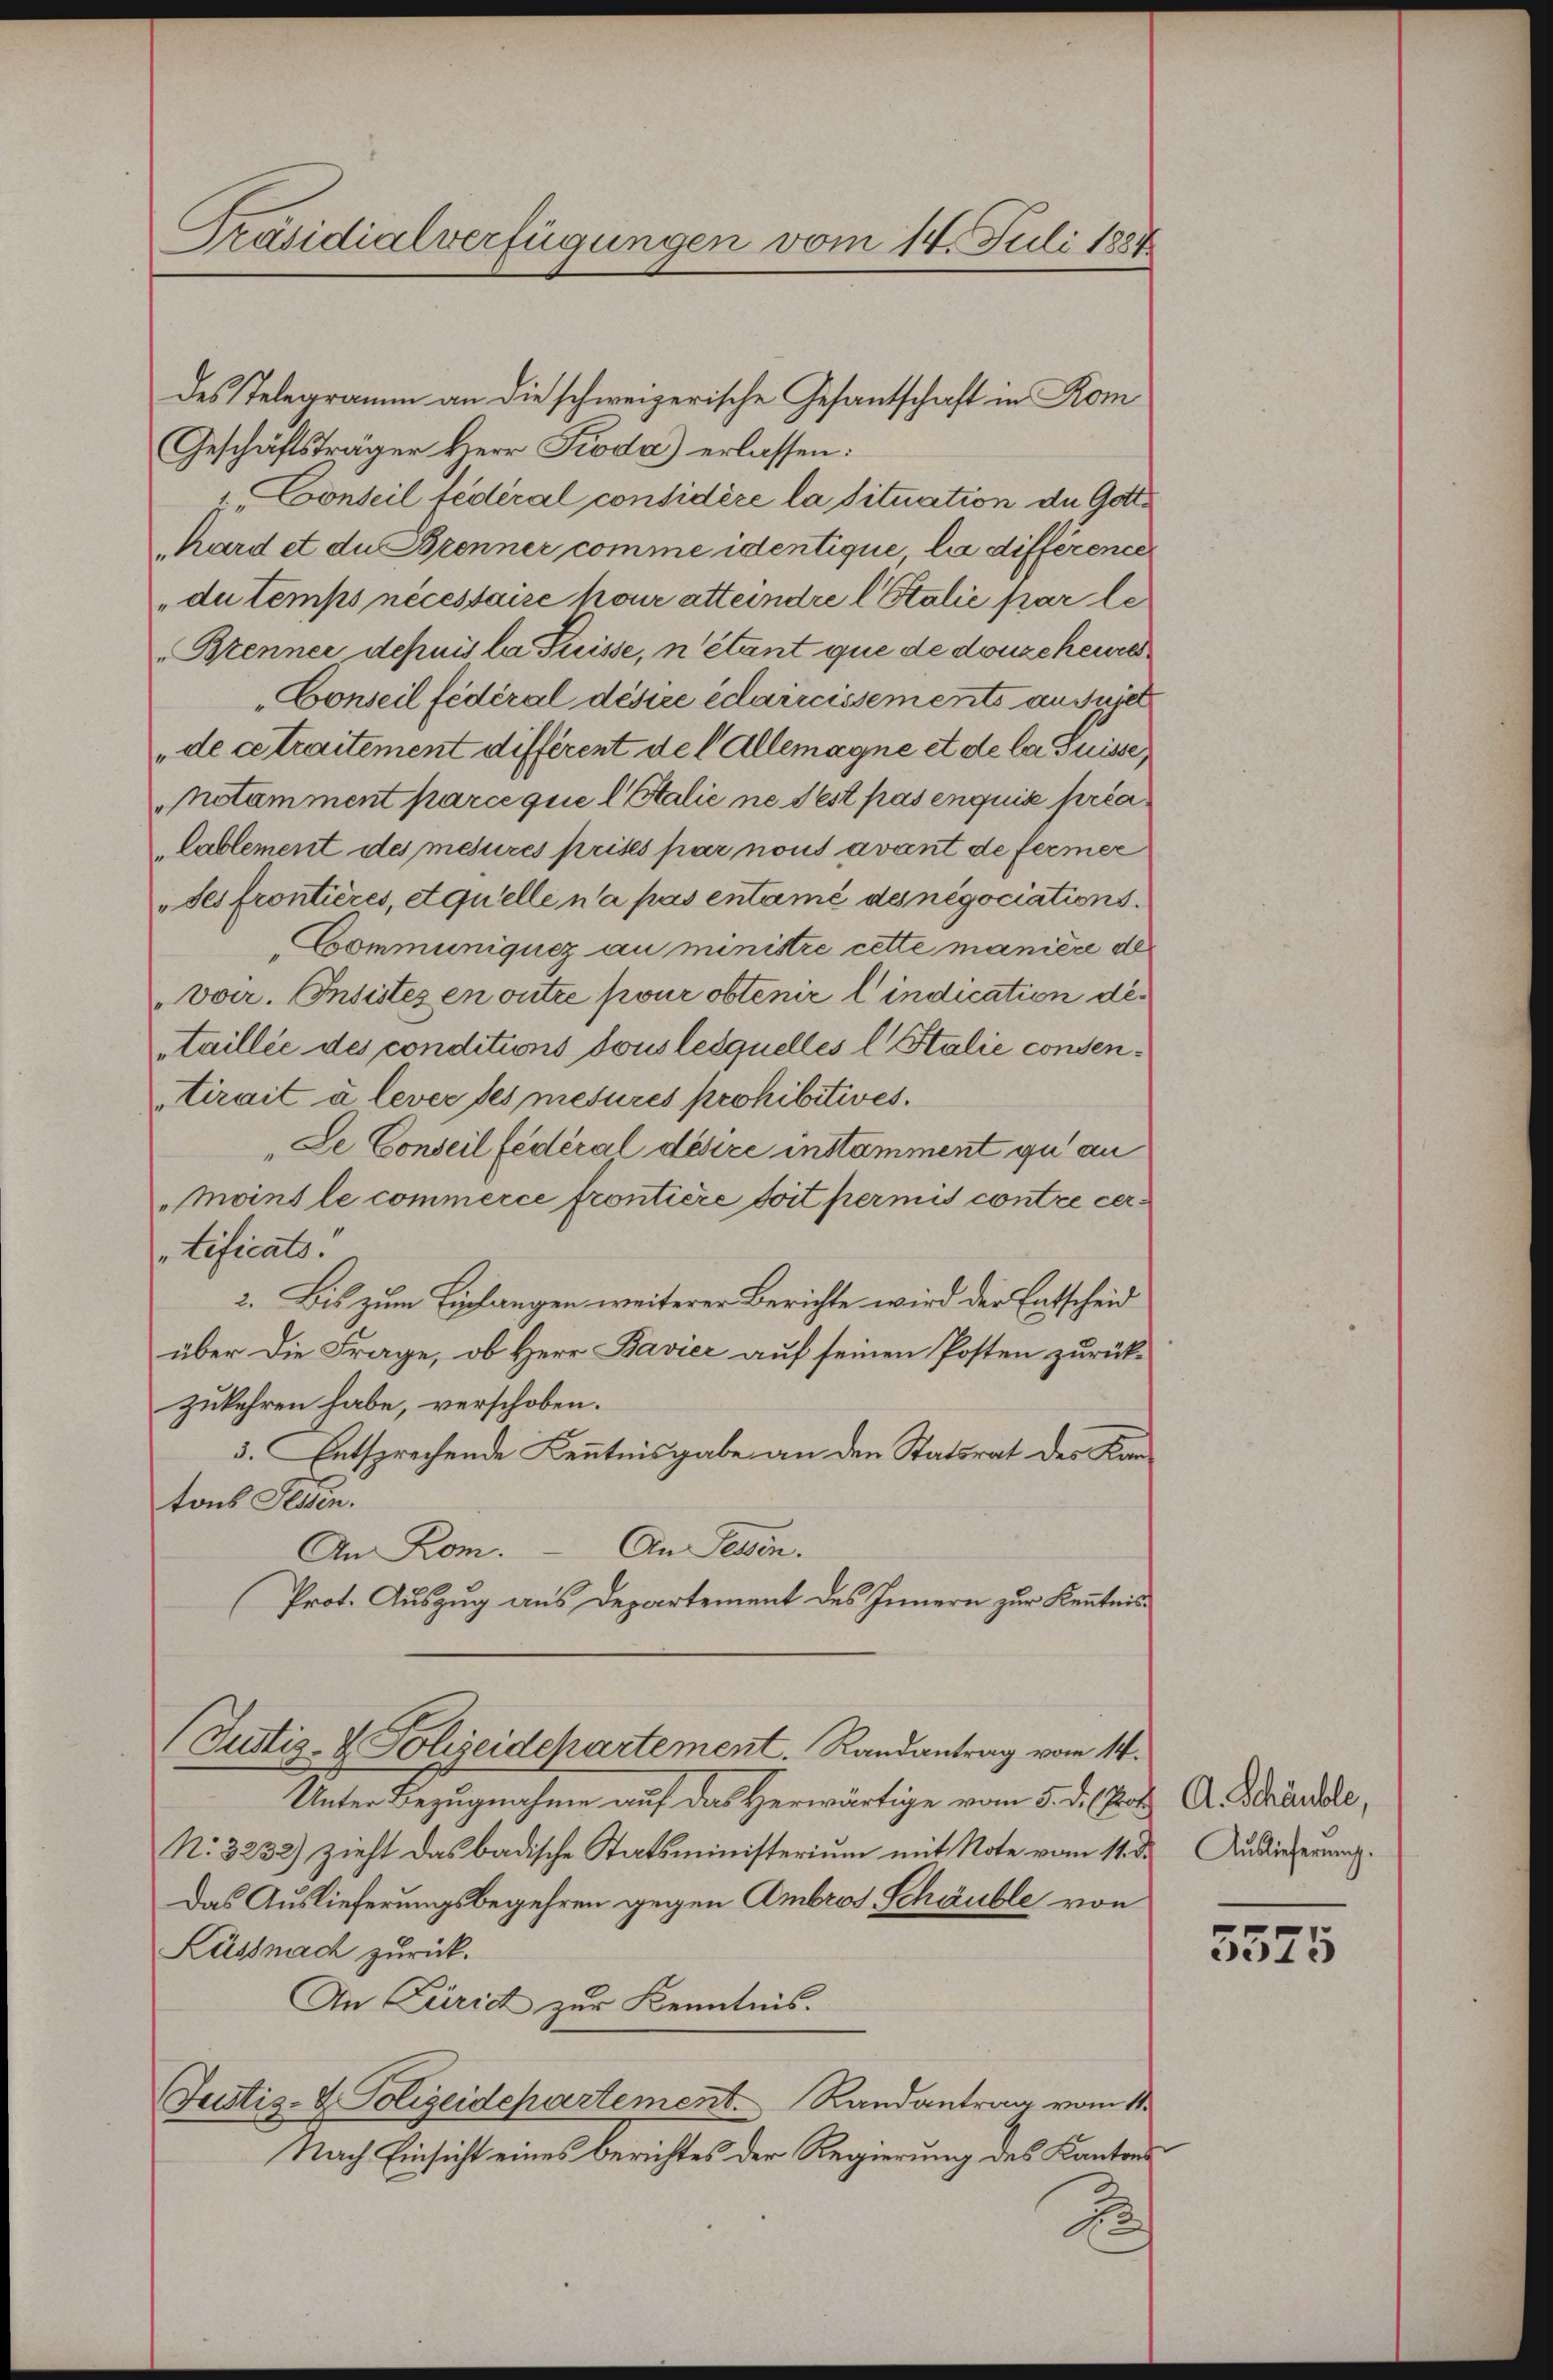
Präsidialverfügungen vom 14. Juli 1884

des Telegramm an die schweizerische Gesantschaft in Kom
Geschäftsträger Herr Proda) erlassen:
z. Conseil fédéral considère la situation de Gotthard et du Brenner comme identique lie différence
du temps nécessaire pour atteindre l Italie par le
Brenner depuis la Suisse, n’étant que de donzcheure
„Conseil fédéral désire édaircissements an Sujet
de cetraitement différent de l. Allemagne et de la Puisse,
netamment parce que l Stalie ne fest pas enquise préa
lablement des mesures prises par nous avant de fermer
"ses frontières, aquelle n’a pas entané des negociations.
CCommuniquez au ministre cette manière des
"voir. Insistezen outre pour obtenir lindication des
staillie des conditions tous lesquelles l. Stalie consentirait à lever des mesures prohibitives.
Le Conseil fédéral désire instamment zu an
moins le commerce frontière soit permis contre certificats.
2. Bis zum Einlangen weiterer Berichte wird der Entscheid
über die Frage, ob Herr Bavier auf seinen Posten zurückzukehren habe, verschoben.
3. Entsprechende Kenntnisgabe an den Statsrat des Kantons Fessen.
An Rom. — An Tessin.
Prot. Auszug aus Departement des Innern zur Kenntnis¬
(Justiz- & Polizeidepartement. Randantrag vom 14.
Unter Bezugnahme auf das Herwärtige vom 5. d. Kot A. Schändle,
N: 3232) zieht das badische Statsministerium mit Note vom 11. d.
Das Auslieferungsbegehren gegen Ambros Schäuble von
Küssnach zurück.
An Curic zur Kenntnis.
Justiz- & Polizeidepartement. Randantrag vom 11.
Nach Einsicht eines Berichtes der Regierung des Kantons
J

Auslieferung.

5525